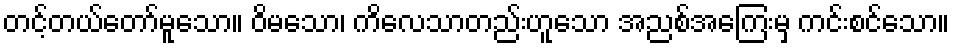
တင့်တယ်တော်မူသော။ ဝိမသော၊ ကိလေသာတည်းဟူသော အညစ်အကြေးမှ ကင်းစင်သော။